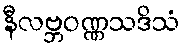
နီလဗ္ဘဝဏ္ဏသဒိသံ